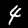
Digit: 4